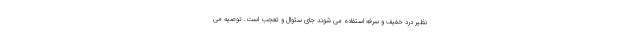
نظیر درد خفیف و سرفه استفاده می شوند جای سئوال و تعجب است. توصیه می